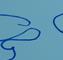
Signature authenticity: forged